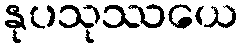
နုပသုဿယေ